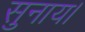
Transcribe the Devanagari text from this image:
सुनाय।